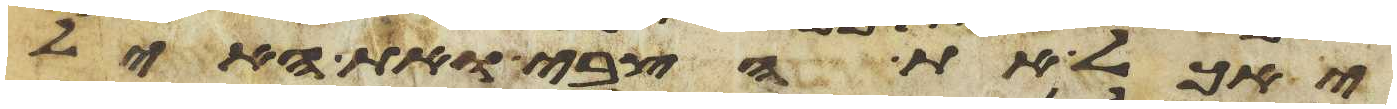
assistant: יאכל את הצבי ואת האיל